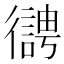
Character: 𢖊